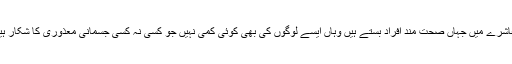
معاشرے میں جہاں صحت مند افراد بستے ہیں وہاں ایسے لوگوں کی بھی کوئی کمی نہیں جو کسی نہ کسی جسمانی معذوری کا شکار ہیں۔